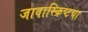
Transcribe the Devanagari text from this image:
जावास्क्रिप्टचा